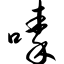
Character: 嗪